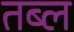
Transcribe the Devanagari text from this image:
तब्ल